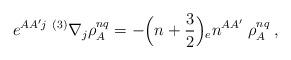
LaTeX: \begin{align*}e^{AA'j} \; { }^{(3)}\nabla_{j}\rho_{A}^{nq}=-\Bigr(n+{3\over 2}\Bigr){_{e}n^{AA'}} \; \rho_{A}^{nq} \; ,\end{align*}